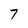
Character: 7